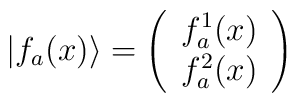
\vert f_a(x)\rangle=\left(\begin{array}{c} f_a^1(x) \\ f_a^2(x)\end{array}\right)